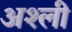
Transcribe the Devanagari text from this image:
अश्ली